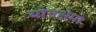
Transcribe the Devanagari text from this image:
योगक्षेमो